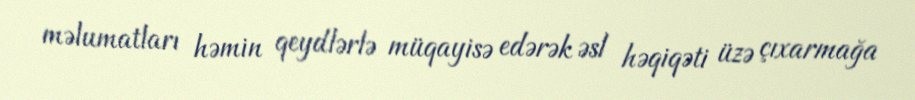
məlumatları həmin qeydlərlə müqayisə edərək əsl həqiqəti üzə çıxarmağa